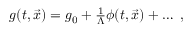
\begin{array} { r } { g ( t , \vec { x } ) = g _ { 0 } + \frac { 1 } { \Lambda } \phi ( t , \vec { x } ) + \ldots \ , } \end{array}